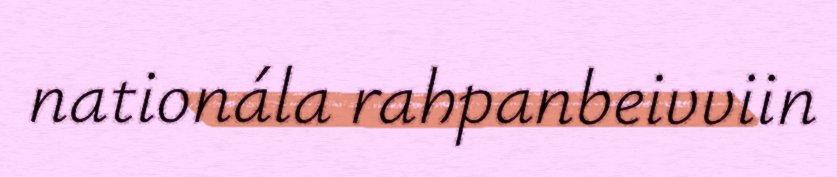
nationála rahpanbeivviin